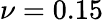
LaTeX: \nu=0.15